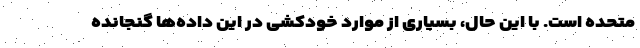
متحده است. با این حال، بسیاری از موارد خودکشی‌ در این داده‌ها گنجانده